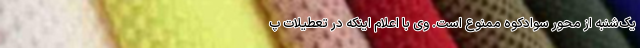
یک‌شنبه از محور سوادکوه ممنوع است. وی با اعلام اینکه در تعطیلات پ